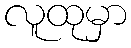
လူထုမှာ